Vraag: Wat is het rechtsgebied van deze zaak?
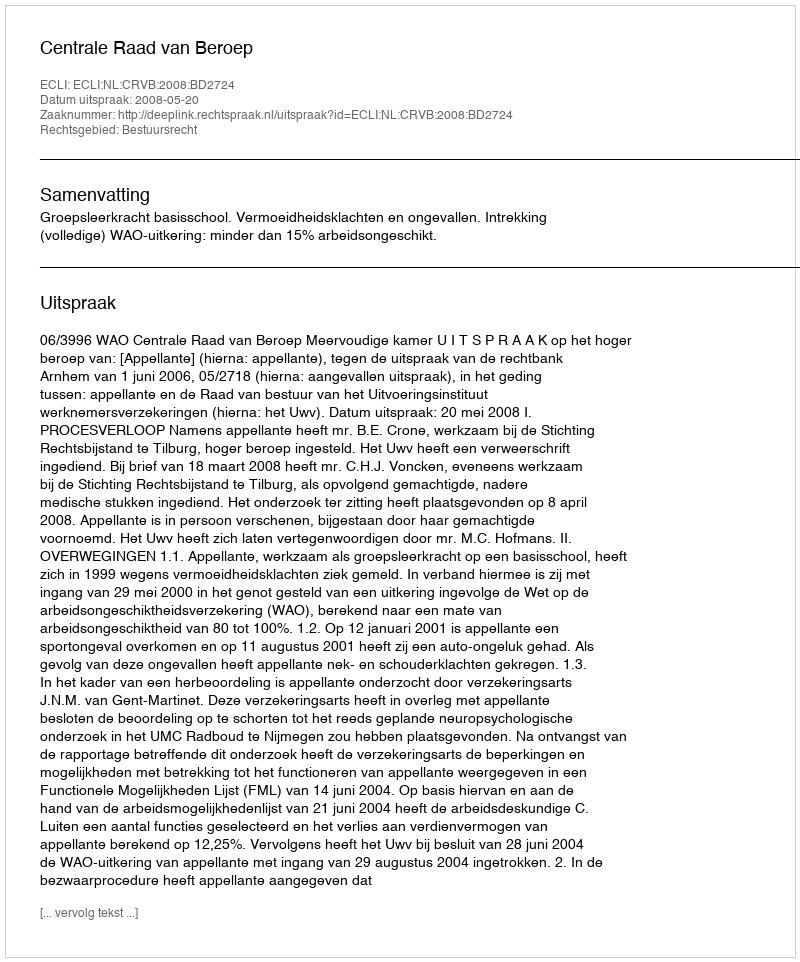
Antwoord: Bestuursrecht